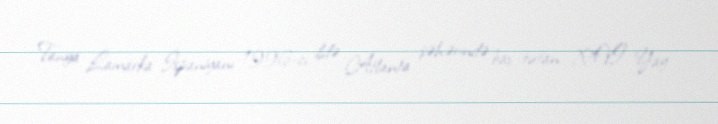
Tanya Lamarka İspaniyanı 1996-cı ildə Atlanta şəhərində baş tutan XXVI Yay